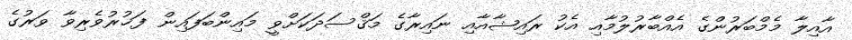
އާއިލާ މެމްބަރުންގެ އެއްބާރުލުމާއި އެކު ރައިޝާއާއި ނައިރާގެ މަޤްސަދަކަށްވީ މައިންބަފައިން ފަޚުރުވެރިވާ ވަރުގެ